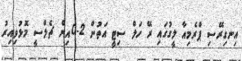
އިނގިރޭސި ޕްރެމިއާ ލީގުގައި ރޭ ހަލް ސިޓީ އަތުން 2-0އިން ޗެލްސީ މޮޅުވިއިރު